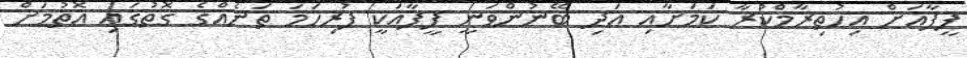
ފީފާއަށް އިހުތިރާމްކުރާ ކަމަށާއި އަދި ބޭނުންވަނީ ފީފާއަކީ ފުރިހަމަ ތަނެއްގެ ގޮތުގައި އޮތުމަށް